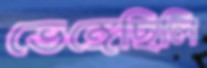
ভেঙ্গেছিলি